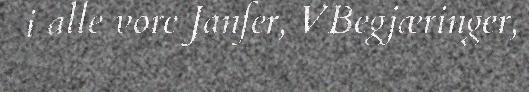
i alle vore Janfer, VBegjæringer,